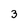
Character: 3